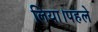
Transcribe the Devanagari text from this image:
लिया।पहले